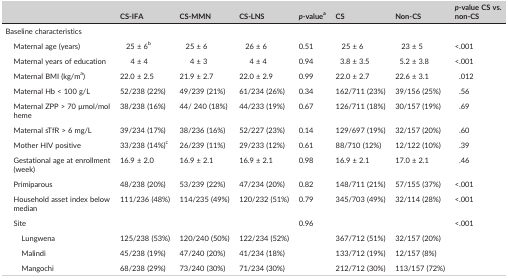
<table><thead><tr><td></td><td><b>CS‐IFA</b></td><td><b>CS‐MMN</b></td><td><b>CS‐LNS</b></td><td><b><i>p</i>‐valuea</b></td><td><b>CS</b></td><td><b>Non‐CS</b></td><td><b><i>p</i>‐value CS vs. non‐CS</b></td></tr></thead><tbody><tr><td>Baseline characteristics</td><td></td><td></td><td></td><td></td><td></td><td></td><td></td></tr><tr><td>Maternal age (years)</td><td>25 ± 6b</td><td>25 ± 6</td><td>26 ± 6</td><td>0.51</td><td>25 ± 6</td><td>23 ± 5</td><td>&lt;.001</td></tr><tr><td>Maternal years of education</td><td>4 ± 4</td><td>4 ± 3</td><td>4 ± 4</td><td>0.94</td><td>3.8 ± 3.5</td><td>5.2 ± 3.8</td><td>&lt;.001</td></tr><tr><td>Maternal BMI (kg/ma)</td><td>22.0 ± 2.5</td><td>21.9 ± 2.7</td><td>22.0 ± 2.9</td><td>0.99</td><td>22.0 ± 2.7</td><td>22.6 ± 3.1</td><td>.012</td></tr><tr><td>Maternal Hb &lt; 100 g/L</td><td>52/238 (22%)</td><td>49/239 (21%)</td><td>61/234 (26%)</td><td>0.34</td><td>162/711 (23%)</td><td>39/156 (25%)</td><td>.56</td></tr><tr><td>Maternal ZPP &gt; 70 μmol/mol heme</td><td>38/238 (16%)</td><td>44/ 240 (18%)</td><td>44/233 (19%)</td><td>0.67</td><td>126/711 (18%)</td><td>30/157 (19%)</td><td>.69</td></tr><tr><td>Maternal sTfR &gt; 6 mg/L</td><td>39/234 (17%)</td><td>38/236 (16%)</td><td>52/227 (23%)</td><td>0.14</td><td>129/697 (19%)</td><td>32/157 (20%)</td><td>.60</td></tr><tr><td>Mother HIV positive</td><td>33/238 (14%)c</td><td>26/239 (11%)</td><td>29/233 (12%)</td><td>0.61</td><td>88/710 (12%)</td><td>12/122 (10%)</td><td>.39</td></tr><tr><td>Gestational age at enrollment (week)</td><td>16.9 ± 2.0</td><td>16.9 ± 2.1</td><td>16.9 ± 2.1</td><td>0.98</td><td>16.9 ± 2.1</td><td>17.0 ± 2.1</td><td>.46</td></tr><tr><td>Primiparous</td><td>48/238 (20%)</td><td>53/239 (22%)</td><td>47/234 (20%)</td><td>0.82</td><td>148/711 (21%)</td><td>57/155 (37%)</td><td>&lt;.001</td></tr><tr><td>Household asset index below median</td><td>111/236 (48%)</td><td>114/235 (49%)</td><td>120/232 (51%)</td><td>0.79</td><td>345/703 (49%)</td><td>32/114 (28%)</td><td>&lt;.001</td></tr><tr><td>Site</td><td></td><td></td><td></td><td>0.96</td><td></td><td></td><td>&lt;.001</td></tr><tr><td>Lungwena</td><td>125/238 (53%)</td><td>120/240 (50%)</td><td>122/234 (52%)</td><td></td><td>367/712 (51%)</td><td>32/157 (20%)</td><td></td></tr><tr><td>Malindi</td><td>45/238 (19%)</td><td>47/240 (20%)</td><td>41/234 (18%)</td><td></td><td>133/712 (19%)</td><td>12/157 (8%)</td><td></td></tr><tr><td>Mangochi</td><td>68/238 (29%)</td><td>73/240 (30%)</td><td>71/234 (30%)</td><td></td><td>212/712 (30%)</td><td>113/157 (72%)</td><td></td></tr></tbody></table>